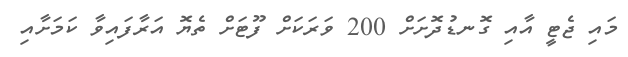
މައި ޖެޓީ އާއި ގޮނޑުދޮށަށް 200 ވަރަކަށް ފޫޓަށް ތެޔޮ އަރާފައިވާ ކަމަށާއި